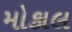
મોકાલ